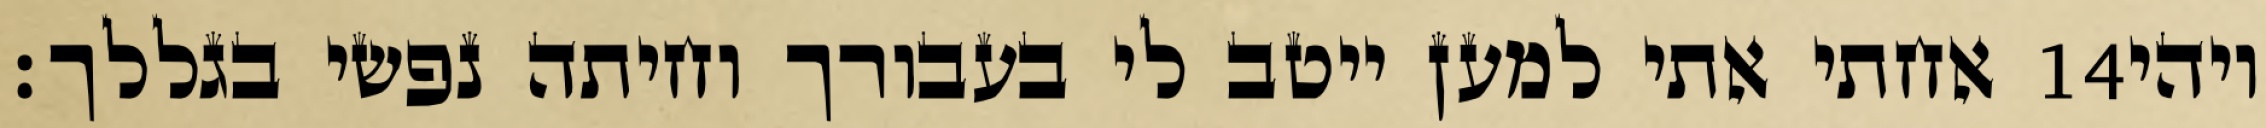
אחתי אתי למען ייטב לי בעבורך וחיתה נפשי בגללך׃ ‎14‏ ויהי